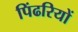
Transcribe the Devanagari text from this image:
पिंढरियों